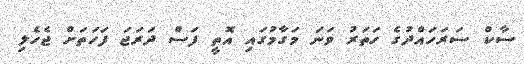
ސާކް ސަރަހައްދުގެ ހަތަރު ވަނަ މަގާމުގައި އޮތީ ފަސް ދަރަޖަ ފަހަތަށް ޖެެހެލި